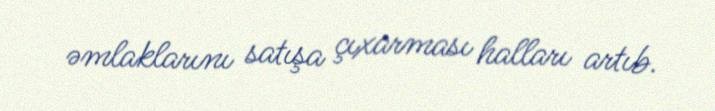
əmlaklarını satışa çıxarması halları artıb.